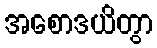
အစောဒယိတွာ